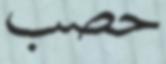
حصب